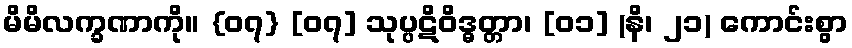
မိမိလက္ခဏာကို။ {၀၇} [၀၇] သုပ္ပဋိဝိဒ္ဓတ္တာ၊ [၀၁] (နိ၊ ၂၁) ကောင်းစွာ